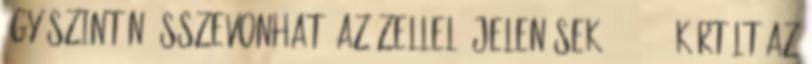
így szintén összevonható Azázellel. Jelenések 9:1-21 1 Kürtölt az